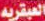
العبقريه